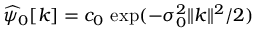
\widehat \psi _ { 0 } [ k ] = c _ { 0 } \, \exp ( - \sigma _ { 0 } ^ { 2 } \| k \| ^ { 2 } / 2 )